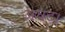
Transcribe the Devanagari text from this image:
अघट।